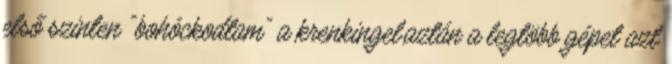
első szinten "bohóckodtam" a krenkingel,aztán a legtöbb gépet azt